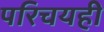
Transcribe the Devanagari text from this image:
परिचयही